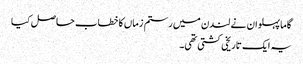
گاما پہلوان نے لندن میں رستم زماں کا خطاب حاصل کیا
یہ ایک تاریخی کشتی تھی۔